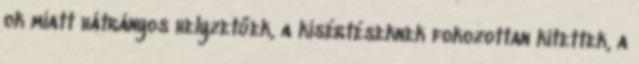
ok miatt hátrányos helyzetűek, a kísértéseknek fokozottan kitettek, a